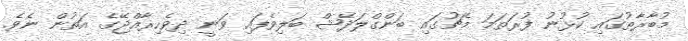
މުބާރާތުގައި ކުޅުނު ފުރަތަމަ މެޗުގައި ބަންގްލަދޭޝް ބަލިވެފައި ވަނީ ދިވެހިރާއްޖޭގެ އަތުން ނެވެ.